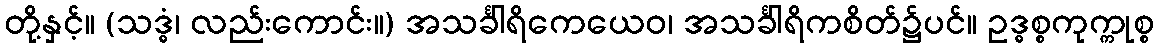
တို့နှင့်။ (သဒ္ဓံ၊ လည်းကောင်း။) အသင်္ခါရိကေယေဝ၊ အသင်္ခါရိကစိတ်၌ပင်။ ဥဒ္ဓစ္စကုက္ကုစ္စ